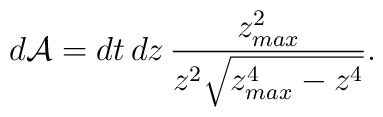
d{\cal A} =  dt \, dz \, \frac{ z_{max}^2  }{z^2 \sqrt{ z_{max}^4 - z^4 } }.